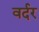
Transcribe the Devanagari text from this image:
वर्दर